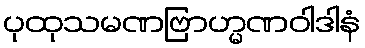
ပုထုသမဏဗြာဟ္မဏဝါဒါနံ